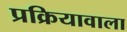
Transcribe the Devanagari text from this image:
प्रक्रियावाला